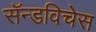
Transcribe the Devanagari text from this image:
सॅन्डविचेस